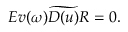
E v ( \omega ) \widetilde { { \cal D } ( u ) } { \cal R } = 0 .